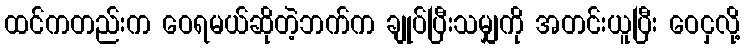
ထင်ကတည်းက ဝေရမယ်ဆိုတဲ့ဘက်က ချုပ်ပြီးသမျှကို အတင်းယူပြီး ဝေငှလို့